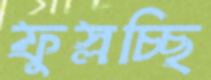
ফুস্‌লচ্ছি